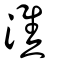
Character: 潐